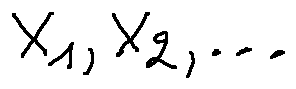
X _ { 1 } , X _ { 2 } , \ldots